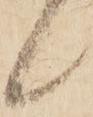
候